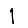
Digit: 1